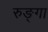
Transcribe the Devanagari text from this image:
रुङ्गा